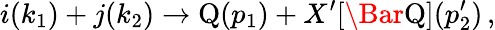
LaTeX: i(k_{1})+j(k_{2})\rightarrow\mathrm{{Q}}(p_{1})+X^{\prime}[\Bar{\mathrm{Q}}](p_{2}^{\prime})\, ,